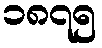
၁၈၇၅